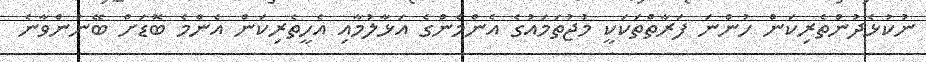
ނުކުޅެދުންތެރިކަން ހުންނަ ފަރާތްތަކަކީ މުޖުތަމައުގެ އެންމެންގެ އަޅާލުމާއި އެހީތެރިކަން އެންމެ ބޮޑަށް ބޭނުންވާނެ